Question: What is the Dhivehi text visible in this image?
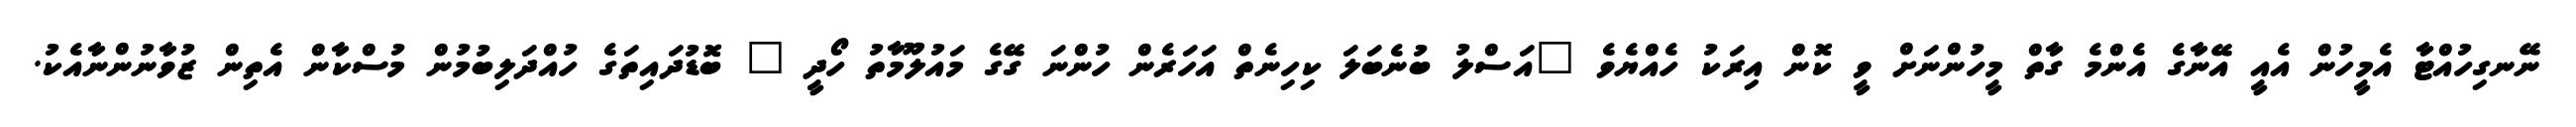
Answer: ނޭނގިހުއްޓާ އެމީހުން އެއީ އޭނާގެ އެންމެ ގާތް މީހުންނަށް ވީ ކޮން އިރަކު ހެއްޔެވެ "އަސްލު ބުނެބަލަ ކިހިނެތް އަހަރެން ހުންނަ ގޭގެ މައުލޫމާތު ހޯދީ " ބޮޑުދައިތަގެ ހުއްދަލިބުމުން މުސްކާން އެތިން ޒުވާނުންނާއެކު.